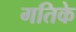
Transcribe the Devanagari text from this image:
गतिके